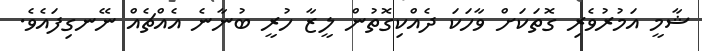
ޝާމީ އަމުރުވެރި ގޮތަކަށް ވާހަކަ ދެއްކިގޮތުން ލީޒާ ހުރީ ބުނާނެ އެއްޗެއް ނޭނގިފައެވެ.